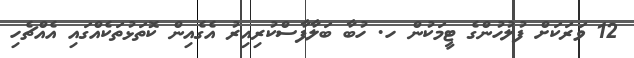
12 ވަރަކަށް ފުލުހުންގެ ޓީމަކުން ހ. ހުބާ ބަލާފާސްކުރިއިރު އެގެއިން ކޮތަޅުތަކެއްގައި އެއްޗެހި